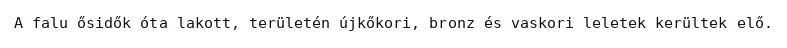
A falu ősidők óta lakott, területén újkőkori, bronz és vaskori leletek kerültek elő.